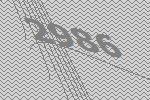
2986